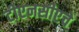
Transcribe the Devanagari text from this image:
टीएनसीएचे